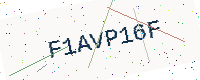
Text: F1AVP16F